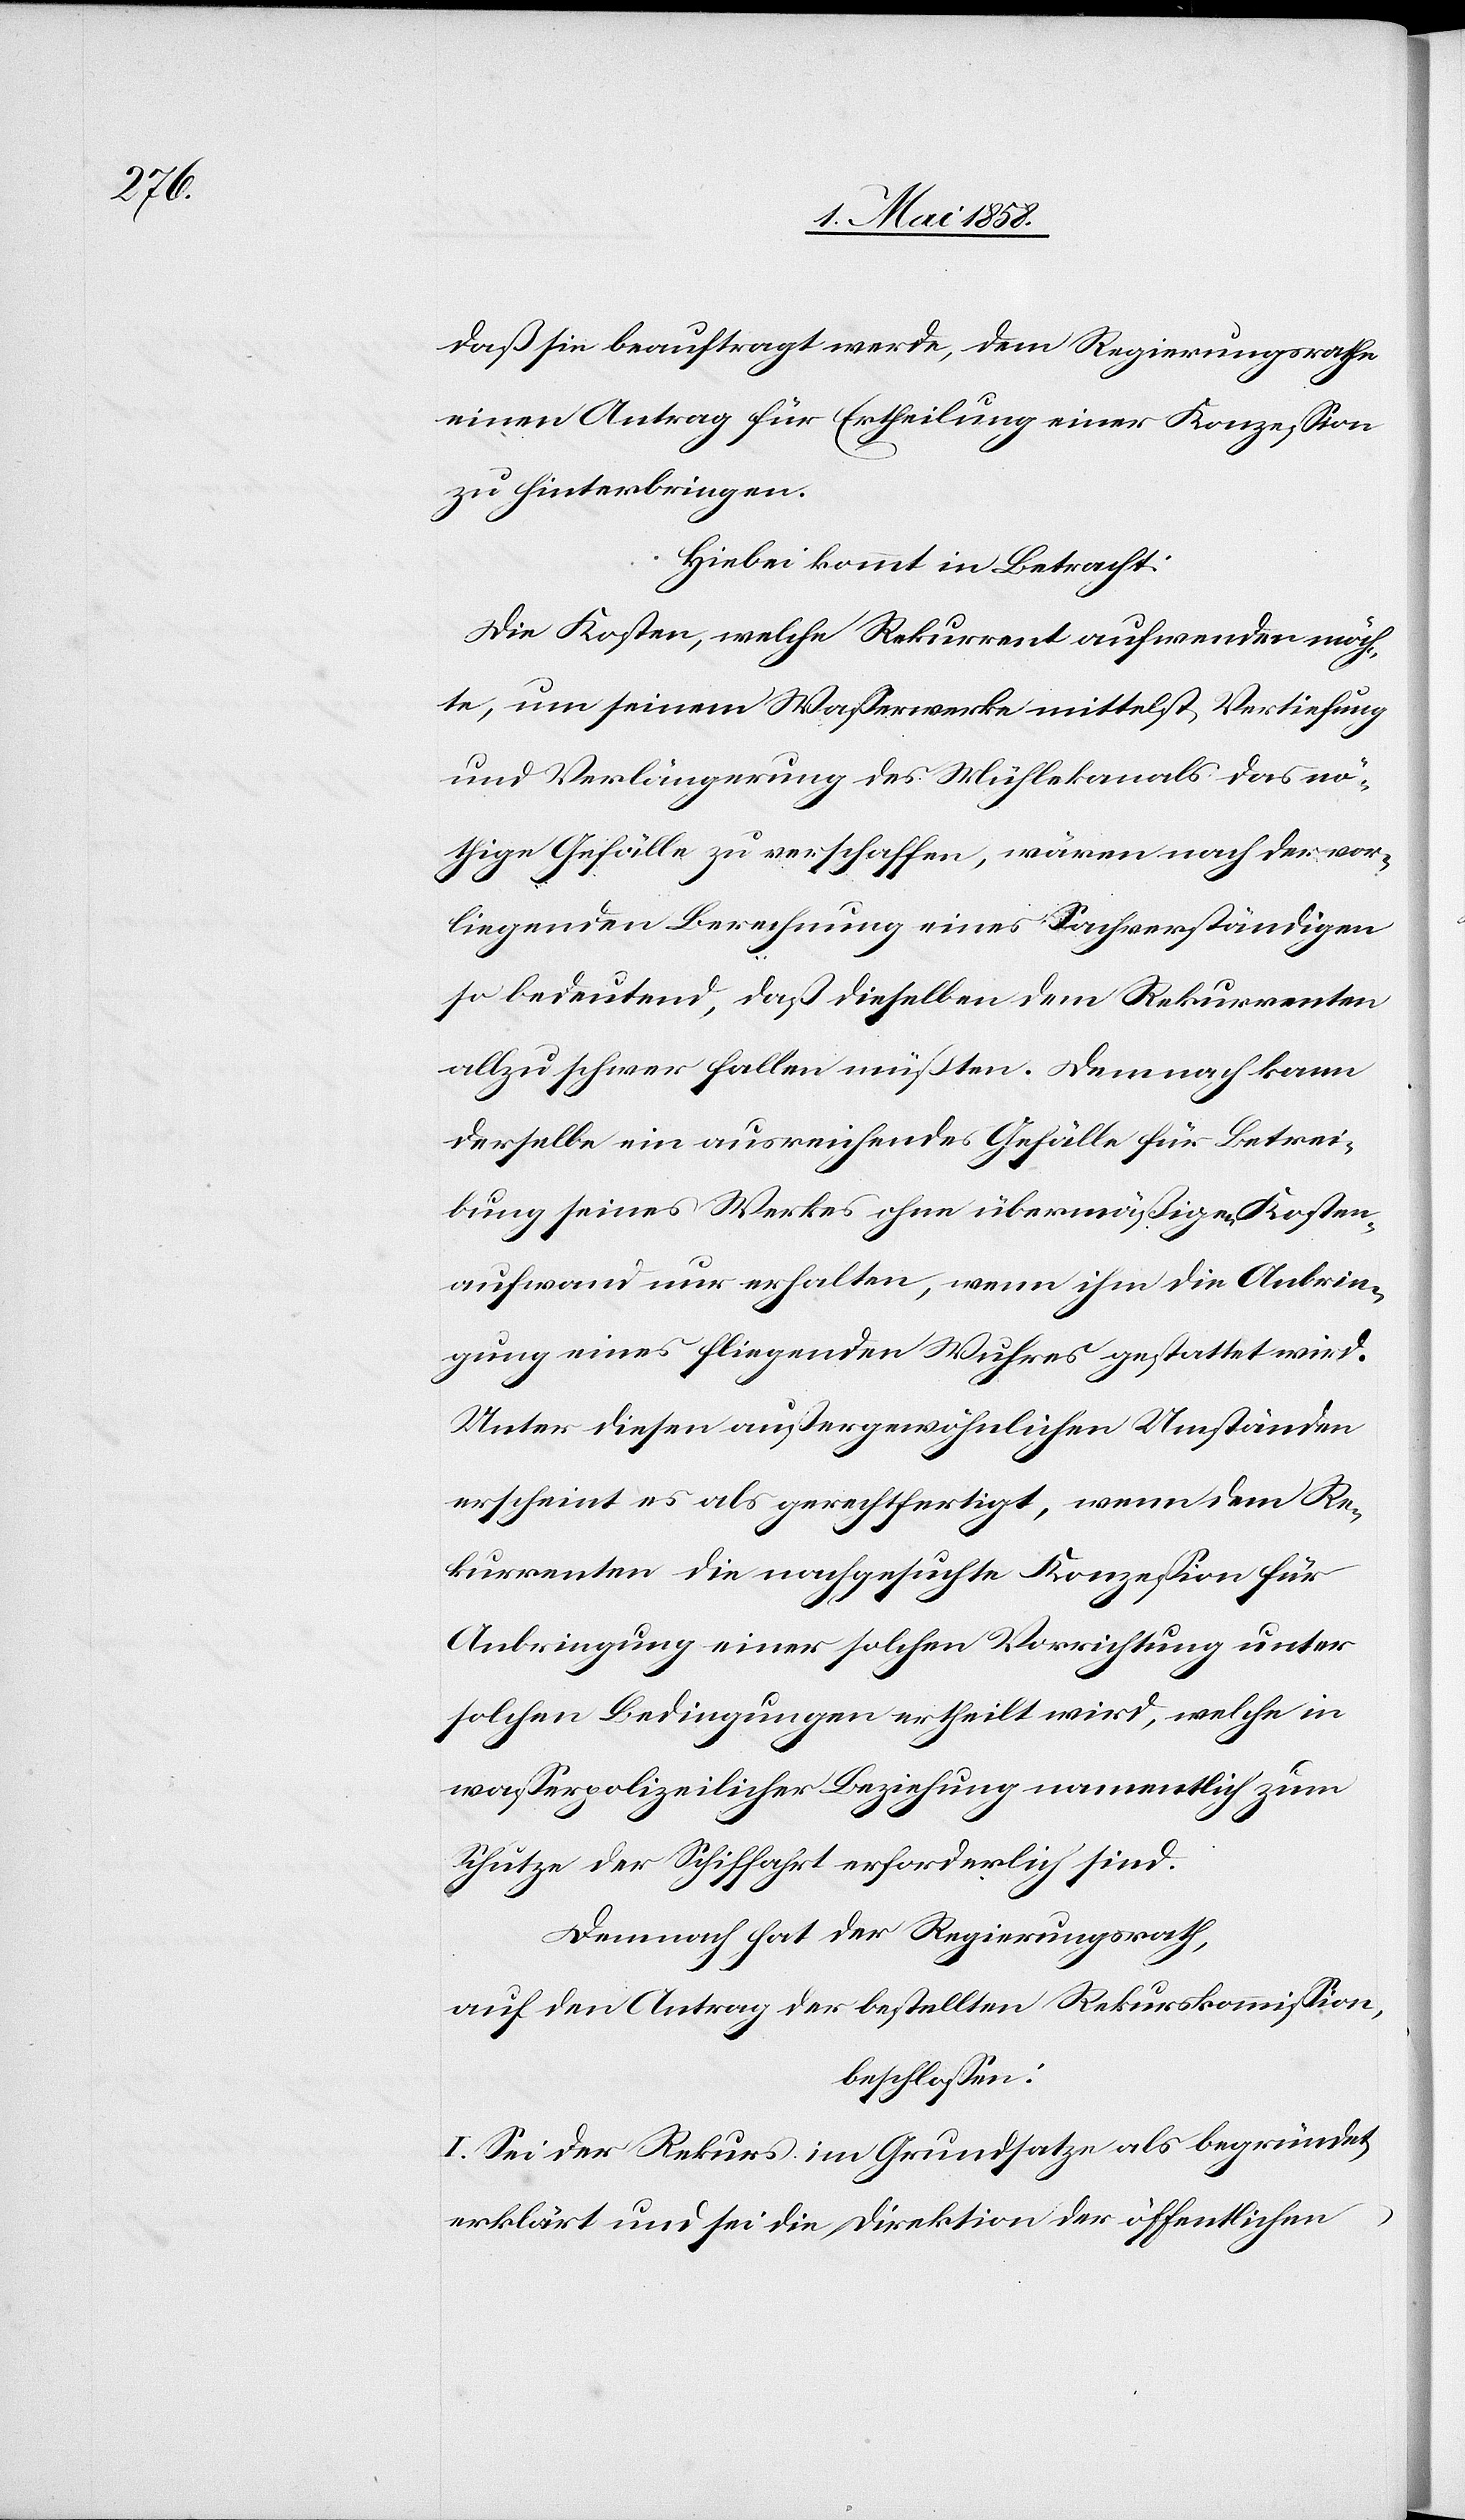
daß sie beauftragt werde, dem Regierungsrathe
einen Antrag für Ertheilung einer Konzession
zu hinterbringen.
Hiebei kommt in Betracht:
Die Kosten, welche Rekurrent aufwenden möch¬
te, um seinem Wasserwerke mittelst Vertiefung
und Verlängerung des Mühlekanals das nö¬
thige Gefälle zu verschaffen, wären nach der vor¬
liegenden Berechnung eines Sachverständigen
so bedeutend, daß dieselben dem Rekurrenten
allzu schwer fallen müßte. Demnach kann
derselbe ein ausreichendes Gefälle für Betrei¬
bung seines Werkes ohne übermäßigen Kosten¬
aufwand nur erhalten, wen ihm die Anbrin¬
gung eines fliegenden Wuhres gestattet wird.
Unter diesen außergewöhnlichen Umständen
erscheint es als gerechtfertigt, wenn dem Re¬
kurrenten die nachgesuchte Konzession für
Anbringung einer solchen Vorrichtung unter
solchen Bedingungen ertheilt wird, welche in
wasserpolizeilicher Beziehung namentlich zum
Schutze der Schiffahrt erforderlich sind.
Demnach hat der Regierungsrath,
auf den Antrag der bestellten Rekurskommission,
beschlossen:
I. Sei der Rekurs im Grundsatze als begründet
erklärt und sei die Direktion der öffentlichen